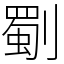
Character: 劅